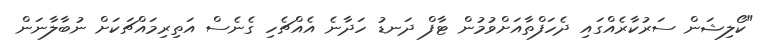
"ކޯލިޝަން ސަރުކާރެއްގައި ދެހަފްތާއަށްވުމުން ޓާފް ދަނޑު ހަދާނެ އެއްޗެހި ގެނެސް އަތިރިމައްޗަކަށް ނުބާލާނަން